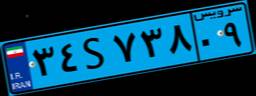
۳۴S۷۳۸۰۹